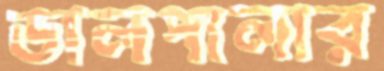
ডালপালার